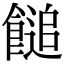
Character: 䭔